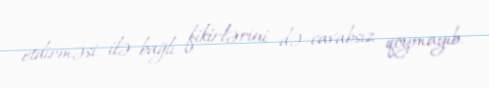
etdirməsi ilə bağlı fikirlərini də cavabsız qoymayıb.